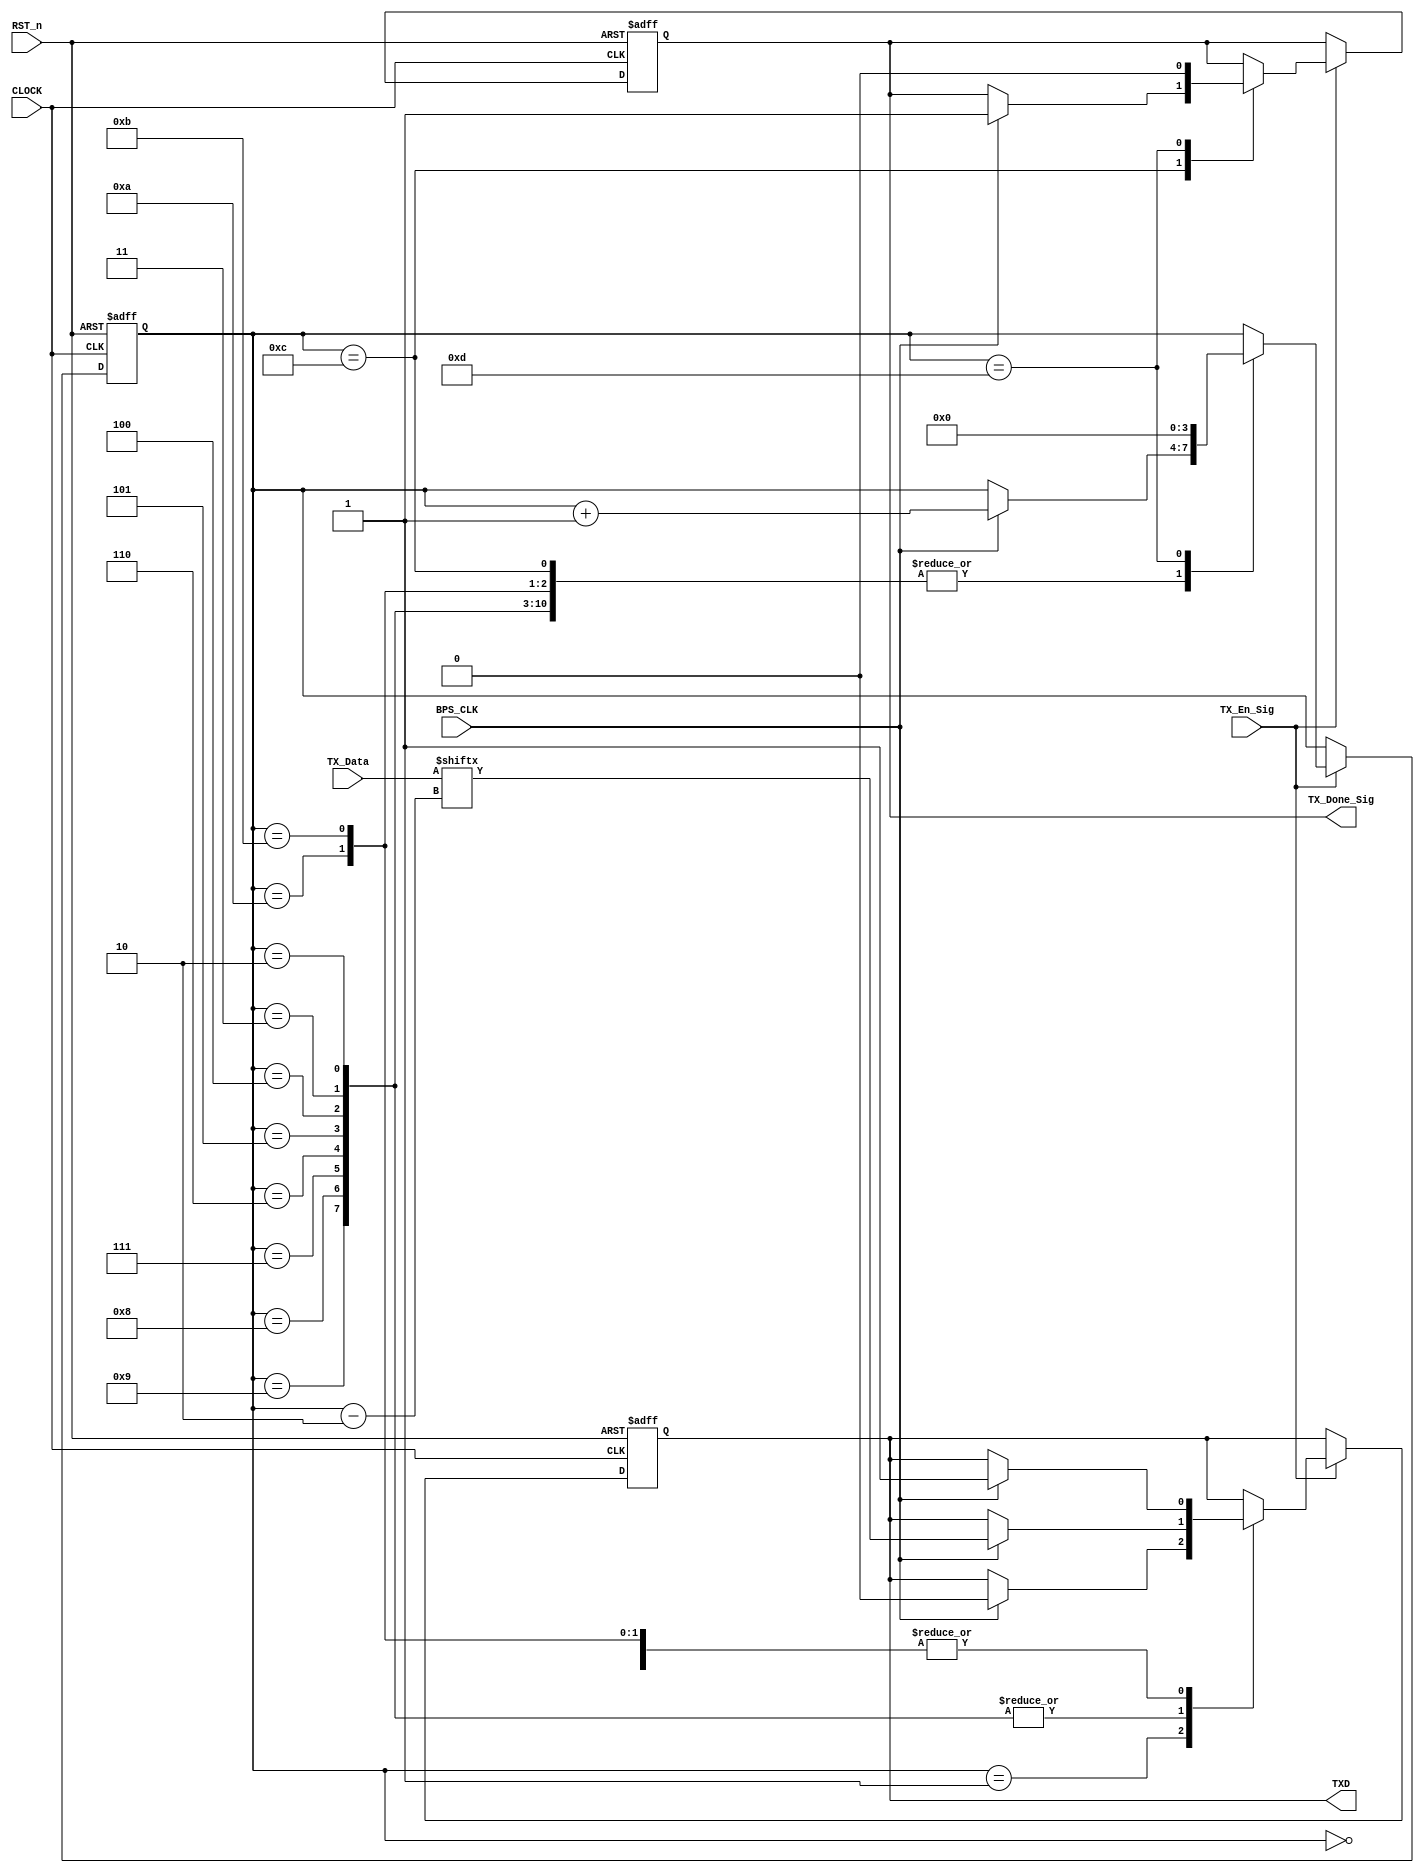
//***************************************//
//# @Author: 
//# @Date:   2019-04-06 22:44:48
//# @Last Modified by:   zlk
//# @Last Modified time: 2019-05-03 02:56:00
//****************************************//
/**************************************************************************
..IDLE...Start...............UART DATA........................End...IDLE...
________													 ______________
        |____< D0 >< D1 >< D2 >< D3 >< D4 >< D5 >< D6 >< D7 >
		Bit0  Bit1  Bit2  Bit3  Bit4  Bit5  Bit6  Bit7  Bit8  Bit9
**************************************************************************/
module tx_control_module
(
    CLOCK, RST_n,
	TX_En_Sig, 
	TX_Data, 
	BPS_CLK, 
    TX_Done_Sig, 
    TXD
	 
);

    input CLOCK;
	input RST_n;
	 
	input TX_En_Sig;
	input [7:0]TX_Data;
	input BPS_CLK;
	 
	output TX_Done_Sig;
	output TXD;
	 
	/********************************************************/

	 reg [3:0]i;
	 reg rTX;
	 reg isDone;
	
	 always @ ( posedge CLOCK or negedge RST_n )
	     if( !RST_n )
		      begin
		         i <= 4'd0;
					rTX <= 1'b1;
					isDone 	<= 1'b0;
				end
		  else if( TX_En_Sig )
		      case ( i )
				
			       4'd0 :
					 if( BPS_CLK ) begin i <= i + 1'b1; rTX <= 1'b1; end
					 4'd1 :
					 if( BPS_CLK ) begin i <= i + 1'b1; rTX <= 1'b0; end
					 
					 4'd2, 4'd3, 4'd4, 4'd5, 4'd6, 4'd7, 4'd8, 4'd9 :
					 if( BPS_CLK ) begin i <= i + 1'b1; rTX <= TX_Data[ i - 2 ]; end
					 
					 4'd10 :
					 if( BPS_CLK ) begin i <= i + 1'b1; rTX <= 1'b1; end
					 			 
					 4'd11 :
					 if( BPS_CLK ) begin i <= i + 1'b1; rTX <= 1'b1; end
					 
					 4'd12 :
					 if( BPS_CLK ) begin i <= i + 1'b1; isDone <= 1'b1; end
					 
					 4'd13 :
					 begin i <= 4'd0; isDone <= 1'b0; end
					 
					 //default:i <= 4'd0;
				 
				endcase
				
    /********************************************************/
	 
	 assign TXD = rTX;
	 assign TX_Done_Sig = isDone;
	 
	 /*********************************************************/
	 
endmodule